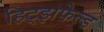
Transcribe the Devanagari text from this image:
हिट्झफेल्ड